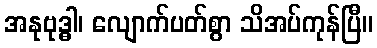
အနုဗုဒ္ဓါ၊ လျောက်ပတ်စွာ သိအပ်ကုန်ပြီ။